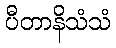
ပီတာနိသံသံ